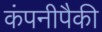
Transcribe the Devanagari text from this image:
कंपनीपैकी